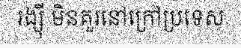
រង្ស៊ី មិនគួរនៅក្រៅប្រទេស